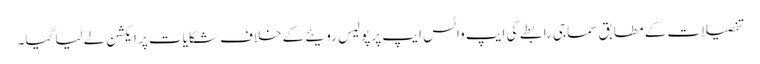
تفصیلات کے مطابق سماجی رابطے کی ایپ واٹس ایپ پر پولیس رویئے کے خلاف شکایات پر ایکشن لے لیا گیا۔